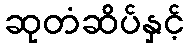
ဆုတံဆိပ်နှင့်